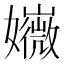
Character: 𡤇